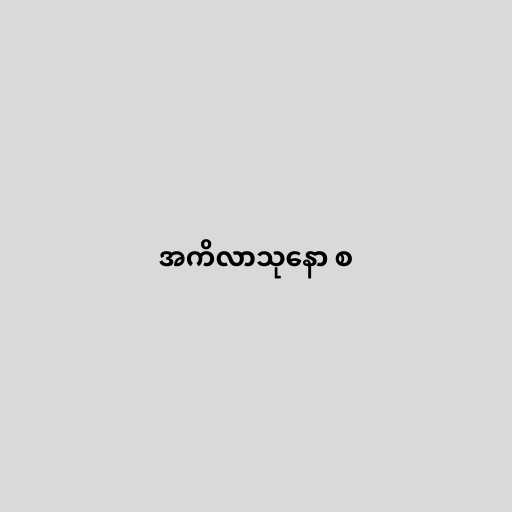
အကိလာသုနော စ